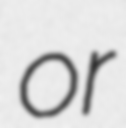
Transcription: or